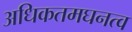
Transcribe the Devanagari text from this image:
अधिकतमघनत्व